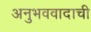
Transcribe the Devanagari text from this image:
अनुभववादाची